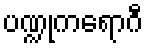
ပဏ္ဍုကရောဂီ